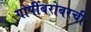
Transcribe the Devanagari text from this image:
गोपींबरोबरची